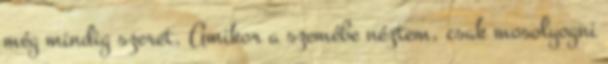
még mindig szeret. Amikor a szemébe néztem, csak mosolyogni